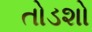
તોડશો